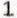
1